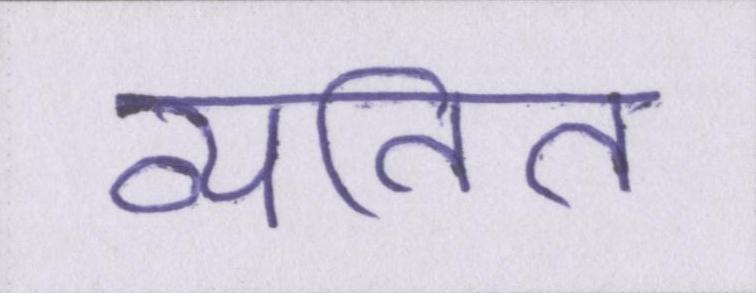
व्यतित